Leaving Certificate Examination (including Day School Certificate (Higher) General paper), 1938
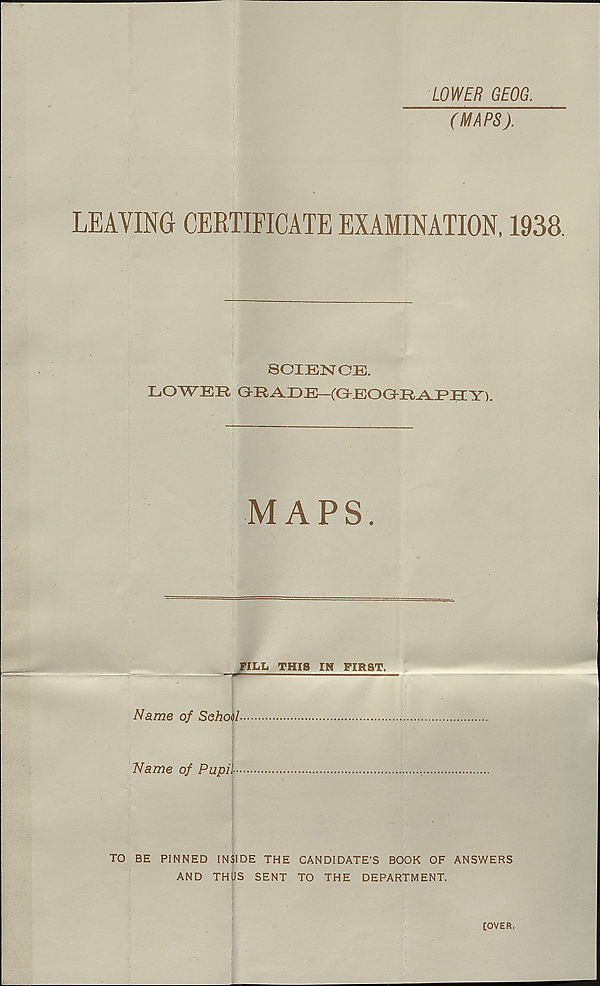
LOWER GEOG.
(MAPS).
LEAVING CERTIFICATE EXAMINATION, 1938.
SCIENCE.
LOWEE CEA.EE—(CEOGKR^PHY).
MAPS.
FILL THIS IN FIRST.
■ ■ *-
Name of School
Name of Pupil-
TO BE PINNED INSIDE THE CANDIDATE’S BOOK OF ANSWERS
AND THUS SENT TO THE DEPARTMENT.
[OVER,